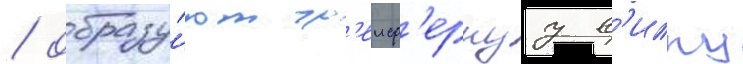
/ образу́ют гр'еиф'ернуу в'илку